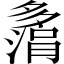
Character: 𫯗